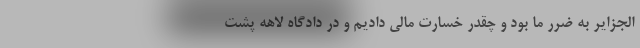
الجزایر به ضرر ما بود و چقدر خسارت مالی دادیم و در دادگاه لاهه پشت